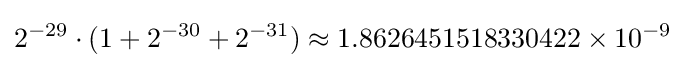
2^{-29}\cdot (1+2^{-30}+2^{-31})\approx 1.8626451518330422\times 10^{-9}